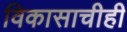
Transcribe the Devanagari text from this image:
विकासाचीही